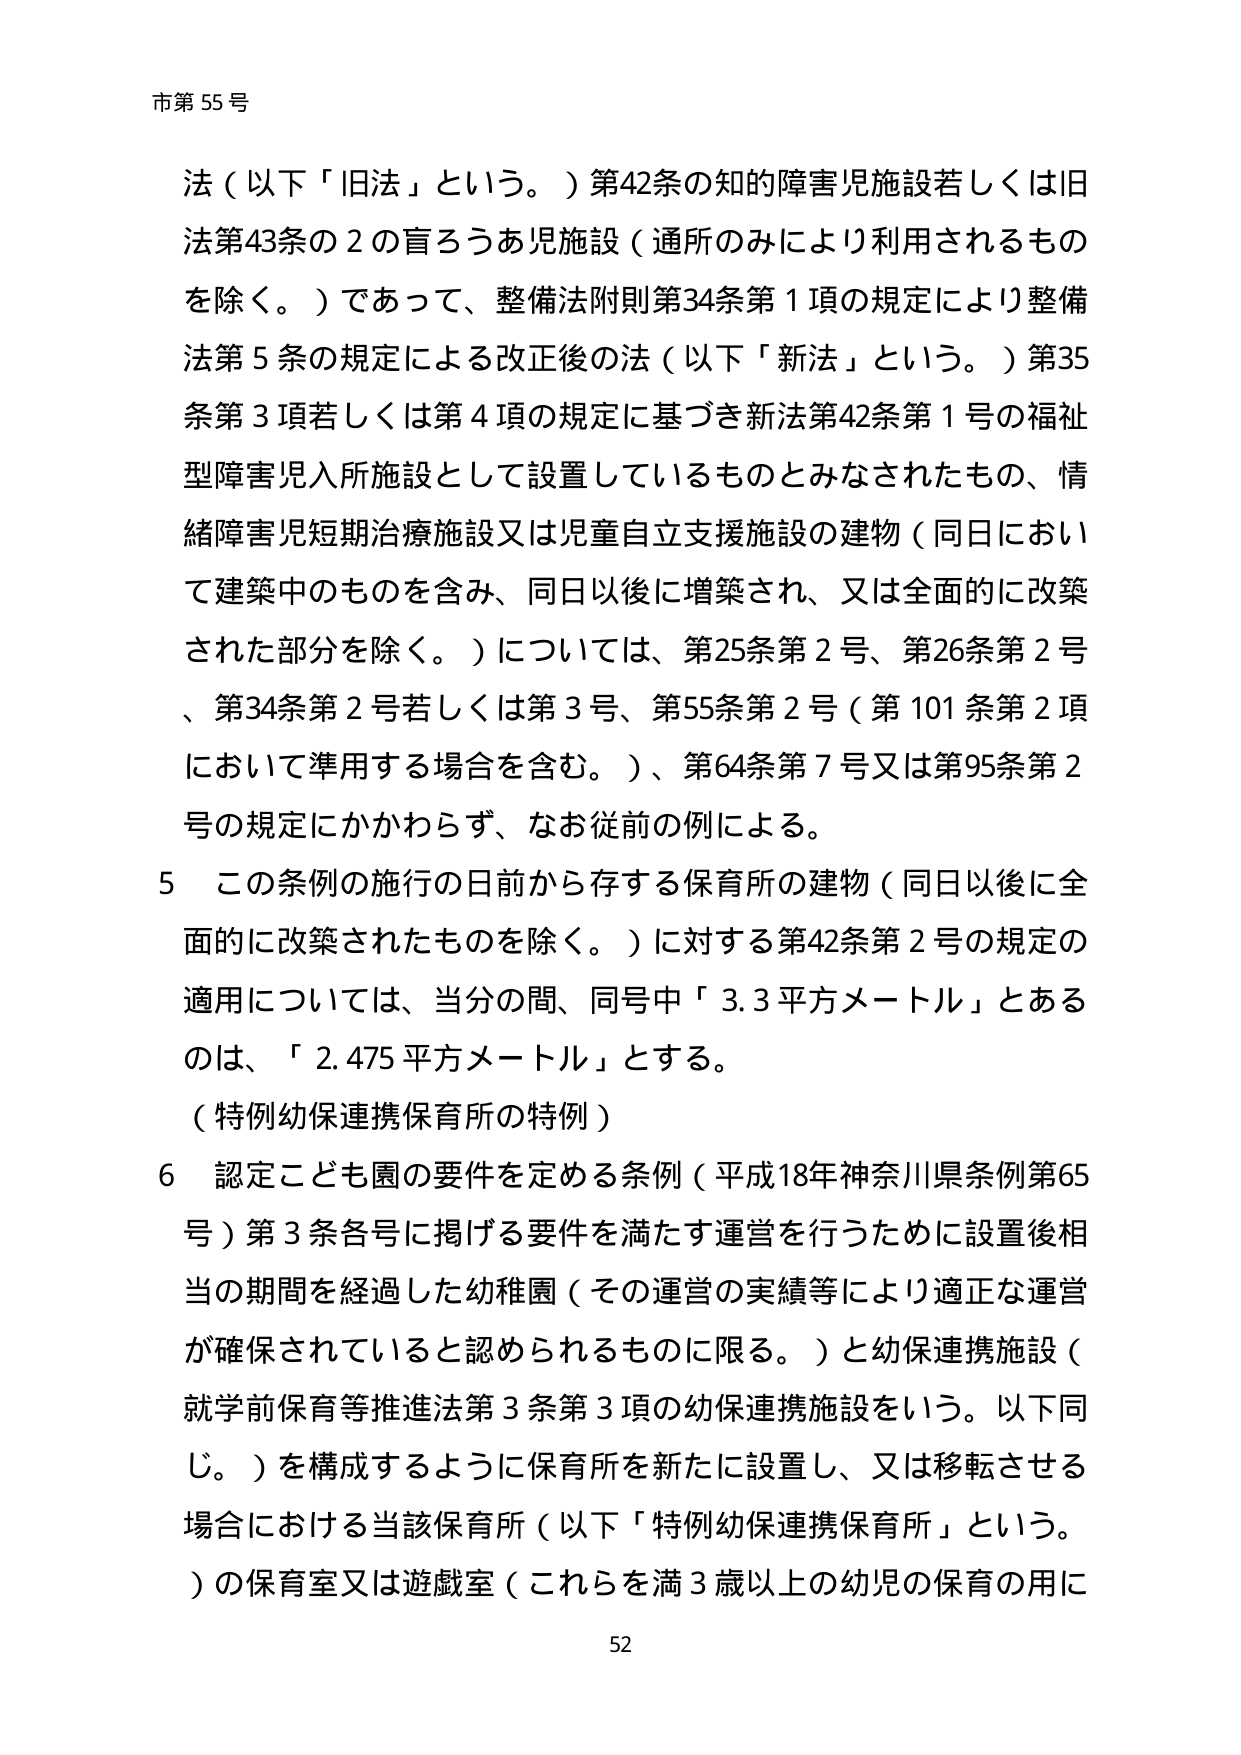
市第55号

法（以下「旧法」という。）第42条の知的障害児施設若しくは旧法第43条の2の盲ろうあ児施設（通所のみにより利用されるものを除く。）であって、整備法附則第34条第1項の規定により整備法第5条の規定による改正後の法（以下「新法」という。）第35条第3項若しくは第4項の規定に基づき新法第42条第1号の福祉型障害児入所施設として設置しているものとみなされたもの、情緒障害児短期治療施設又は児童自立支援施設の建物（同日において建築中のものを含み、同日以後に増築され、又は全面的に改築された部分を除く。）については、第25条第2号、第26条第2号、第34条第2号若しくは第3号、第55条第2号（第101条第2項において準用する場合を含む。）、第64条第7号又は第95条第2号の規定にかかわらず、なお従前の例による。

5 この条例の施行の日前から存する保育所の建物（同日以後に全面的に改築されたものを除く。）に対する第42条第2号の規定の適用については、当分の間、同号中「3.3平方メートル」とあるのは、「2.475平方メートル」とする。

（特例幼保連携保育所の特例）

6 認定こども園の要件を定める条例（平成18年神奈川県条例第65号）第3条各号に掲げる要件を満たす運営を行うために設置後相当の期間を経過した幼稚園（その運営の実績等により適正な運営が確保されていると認められるものに限る。）と幼保連携施設（就学前保育等推進法第3条第3項の幼保連携施設をいう。以下同じ。）を構成するように保育所を新たに設置し、又は移転させる場合における当該保育所（以下「特例幼保連携保育所」という。）の保育室又は遊戯室（これらを満3歳以上の幼児の保育の用に

52